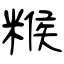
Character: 糇